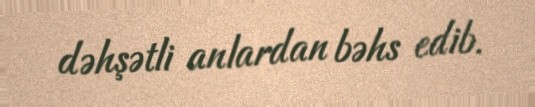
dəhşətli anlardan bəhs edib.